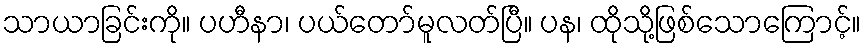
သာယာခြင်းကို။ ပဟီနာ၊ ပယ်တော်မူလတ်ပြီ။ ပန၊ ထိုသို့ဖြစ်သောကြောင့်။